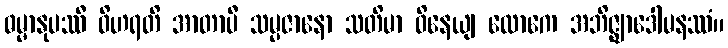
ဓမ္မာနုပဿီ ဝိဟရတိ အာတာပီ သမ္ပဇာနော သတိမာ ဝိနေယျ လောကေ အဘိဇ္ဈာဒေါမနဿံ။